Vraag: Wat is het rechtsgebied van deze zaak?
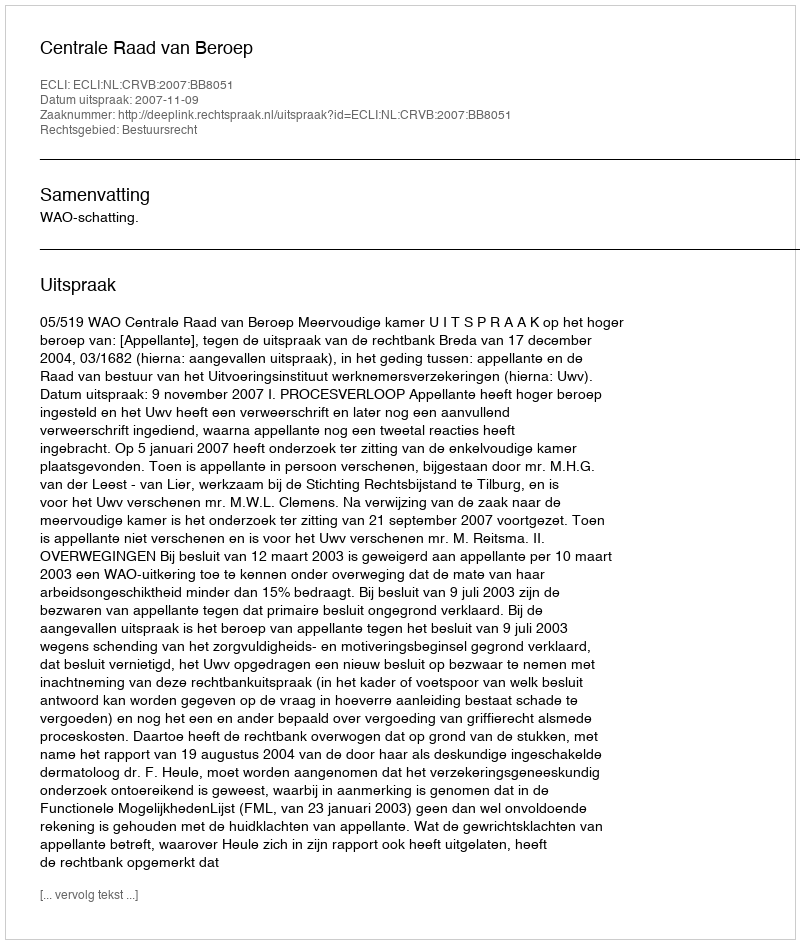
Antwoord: Bestuursrecht